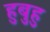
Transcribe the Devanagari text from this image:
हुबुहु